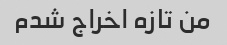
من تازه اخراج شدم